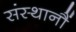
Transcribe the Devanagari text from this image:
संस्थानौं